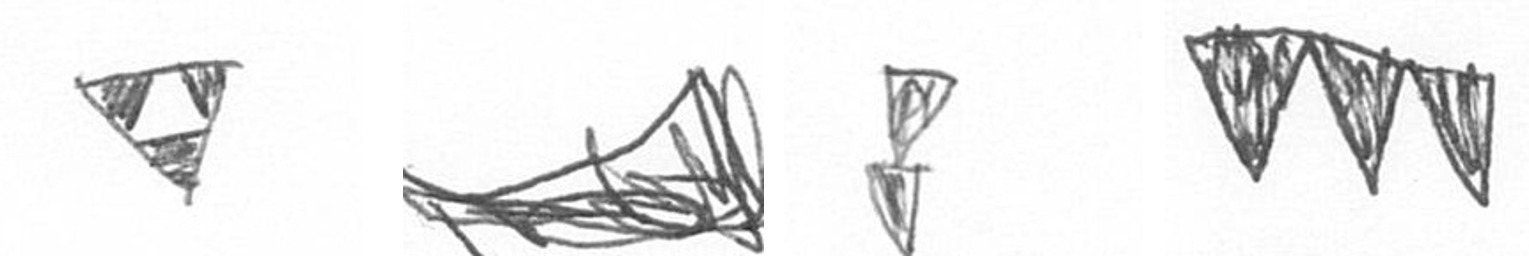
S O Z L